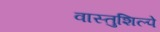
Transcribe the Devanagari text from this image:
वास्तुशिल्पे